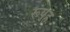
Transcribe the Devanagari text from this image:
रूपह